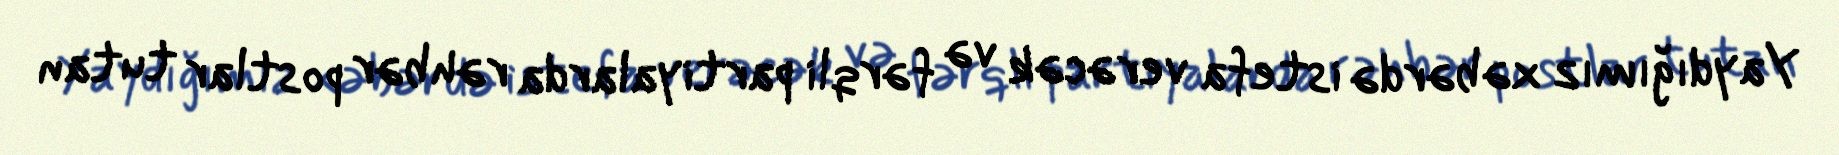
Yaydığımız xəbərdə istefa verəcək və fərqli partiyalarda rəhbər postlar tutan